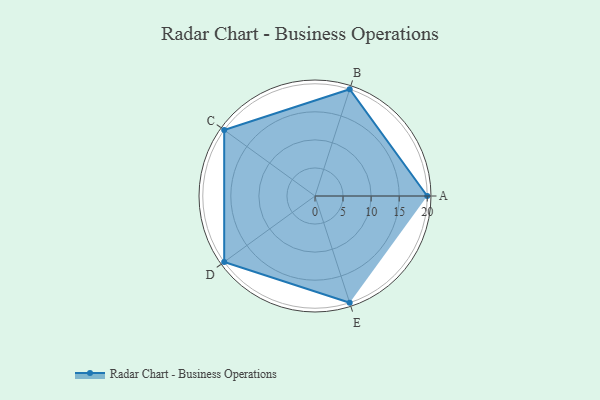
{"axis": {"x": "Skill", "y": "Score"}, "legend": ["Profile"], "data": [{"x": "A", "y": 20, "type": "Profile"}, {"x": "B", "y": 20, "type": "Profile"}, {"x": "C", "y": 20, "type": "Profile"}, {"x": "D", "y": 20, "type": "Profile"}, {"x": "E", "y": 20, "type": "Profile"}]}